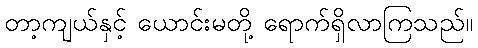
တာ့ကျယ်နှင့် ယောင်းမတို့ ရောက်ရှိလာကြသည်။